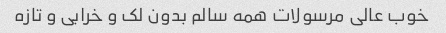
خوب عالی مرسولات همه سالم بدون لک و خرابی و تازه